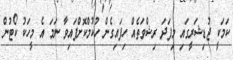
ކަމަކީ ޖުޑިޝަރީގައި މިފަދަ ރިޝްވަތެއް ހިފައިގެން ހުކުމްކޮށްފައިވާ ނަމަ އެ މީހަކު ކޯޓުން